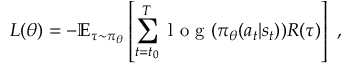
L ( \theta ) = - \mathbb { E } _ { \tau \sim \pi _ { \theta } } \left[ \sum _ { { t = t _ { 0 } } } ^ { T } \mathrm { ~ l ~ o ~ g ~ } ( \pi _ { \theta } ( a _ { t } | s _ { t } ) ) R ( \tau ) \right] ~ ,